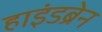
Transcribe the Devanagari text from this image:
हाइंडब्रेन